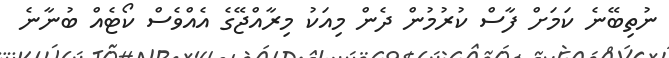
ނުތިބޭނެ ކަމަށް ފާސް ކުރުމުން ދެން މިއަަކު މިރާއްޖޭގެ އެއްވެސް ކޯޓެއް ބުނާނެ